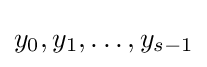
y_{0},y_{1},\ldots ,y_{s-1}